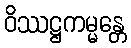
ဝိဿဋ္ဌကမ္မန္တေ